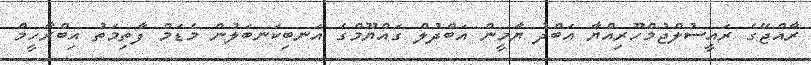
ރާއްޖޭގެ ރައީސުލްޖުމްހޫރިއްޔާ އަބްދު ޔާމީން އަބްދުލް ގައްޔޫމްގެ އަނބިކަނބަލުން މެޑަމް ފާތިމަތު އިބްރާހީމް